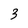
Character: 3